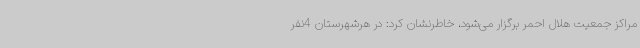
مراکز جمعیت هلال احمر برگزار می‌شود، خاطرنشان کرد: در هرشهرستان 4نفر